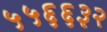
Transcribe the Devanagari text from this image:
५५६६३२